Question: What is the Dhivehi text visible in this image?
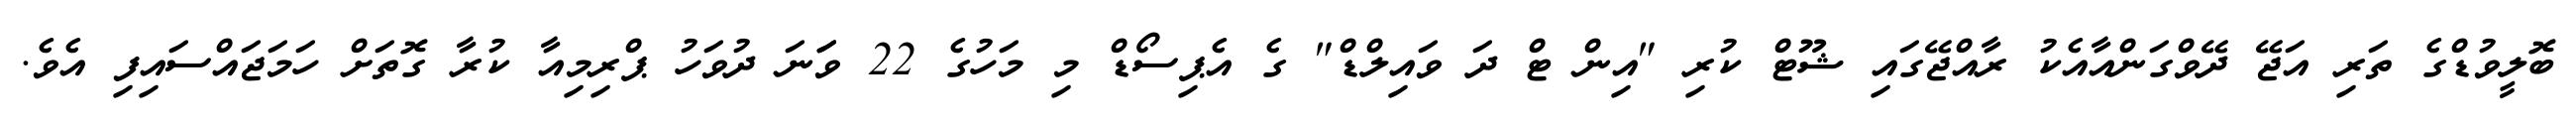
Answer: ބޮލީވުޑްގެ ތަރި އަޖޭ ދޭވްގަންއާއެކު ރާއްޖޭގައި ޝޫޓް ކުރި "އިން ޓް ދަ ވައިލްޑް" ގެ އެޕިސޯޑް މި މަހުގެ 22 ވަަނަ ދުވަހު ޕްރިމިއާ ކުރާ ގޮތަށް ހަމަޖައްސައިފި އެވެ.